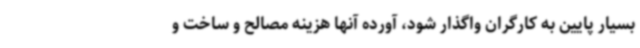
بسیار پایین به کارگران واگذار شود، آورده آنها هزینه مصالح و ساخت و